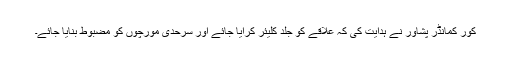
کور کمانڈر پشاور نے ہدایت کی کہ علاقے کو جلد کلیئر کرایا جائے اور سرحدی مورچوں کو مضبوط بنایا جائے۔